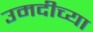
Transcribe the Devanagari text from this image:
उमदीच्या